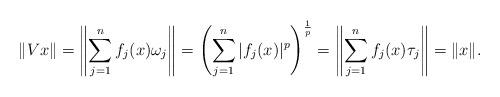
LaTeX: \begin{align*}\|Vx\|=\left\| \sum_{j=1}^{n}f_j(x)\omega_j \right\|=\left(\sum_{j=1}^n|f_j(x)|^p\right)^\frac{1}{p}=\left\| \sum_{j=1}^{n}f_j(x)\tau_j \right\|=\|x\|.\end{align*}